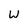
Character: W